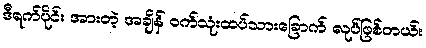
ဒီရက်ပိုင်း အားတဲ့ အချိန် ဝက်သုံးထပ်သားခြောက် လုပ်ဖြစ်တယ်။